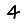
Digit: 4